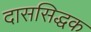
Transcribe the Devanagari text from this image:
दाससिद्धक